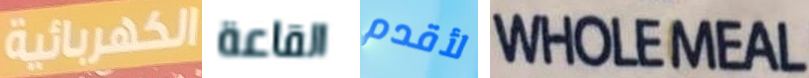
الكهربائية القاعة لأقدم WHOLEMEAL